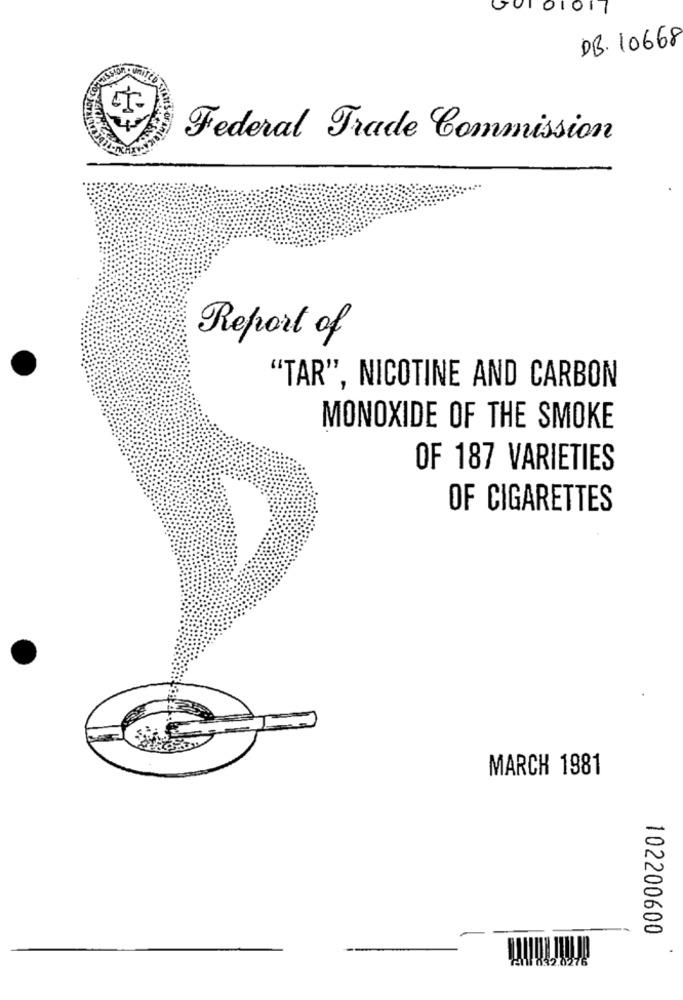
GUI 01017
DB. 10668
Federal Trade Commission
Report of
"TAR", NICOTINE AND CARBON
MONOXIDE OF THE SMOKE
OF 187 VARIETIES
OF CIGARETTES
MARCH 1981
102200600
21032.0276